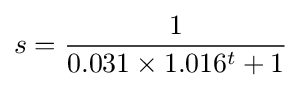
s={1 \over 0.031\times 1.016^{t}+1}